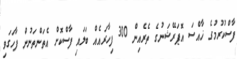
ފާސްކުރުމުގެ ޚާއްސަ އޮޕަރޭޝަނުގެ ތެރެއިން 300 ފިހާރައެއް ބަލައި ފާސްކޮށް އެތަންތަނުން ފާހަގަވި